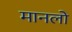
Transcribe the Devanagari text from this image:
मानलो